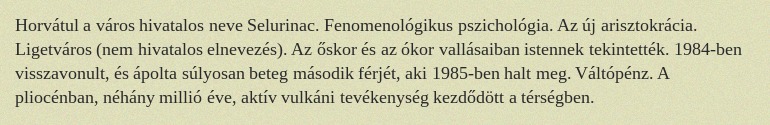
Horvátul a város hivatalos neve Selurinac. Fenomenológikus pszichológia. Az új arisztokrácia. Ligetváros (nem hivatalos elnevezés). Az őskor és az ókor vallásaiban istennek tekintették. 1984-ben visszavonult, és ápolta súlyosan beteg második férjét, aki 1985-ben halt meg. Váltópénz. A pliocénban, néhány millió éve, aktív vulkáni tevékenység kezdődött a térségben.